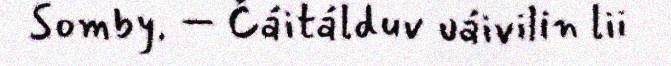
Somby. – Čáitálduv uáivilin lii